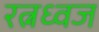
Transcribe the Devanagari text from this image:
रत्नध्वज